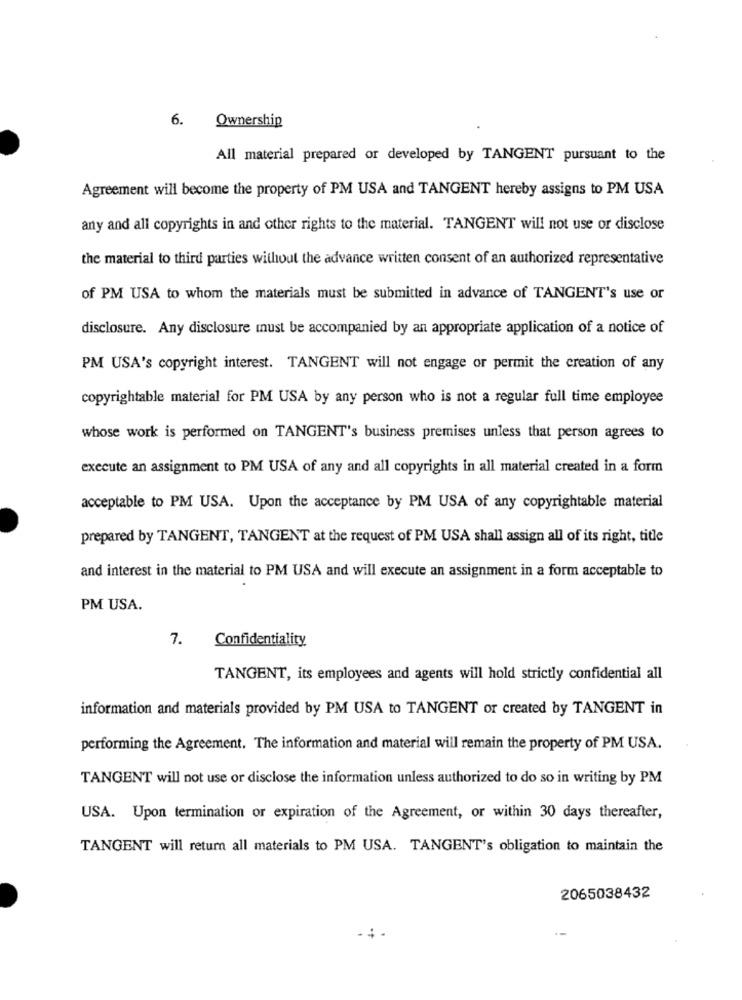
6.
Ownership
All material prepared or developed by TANGENT pursuant to the
Agreement will become the property of PM USA and TANGENT hereby assigns to PM USA
any and all copyrights in and other rights to the material. TANGENT will not use or disclose
the material to third parties without the advance written consent of an authorized representative
of PM USA to whom the materials must be submitted in advance of TANGENT's use or
disclosure. Any disclosure must be accompanied by an appropriate application of a notice of
PM USA's copyright interest. TANGENT will not engage or permit the creation of any
copyrightable material for PM USA by any person who is not a regular full time employee
whose work is performed on TANGENT's business premises unless that person agrees to
execute an assignment to PM USA of any and all copyrights in all material created in a form
acceptable to PM USA. Upon the acceptance by PM USA of any copyrightable material
prepared by TANGENT, TANGENT at the request of PM USA shall assign all of its right, title
and interest in the material to PM USA and will execute an assignment in a form acceptable to
PM USA.
7.
Confidentiality
TANGENT, its employees and agents will hold strictly confidential all
information and materials provided by PM USA to TANGENT or created by TANGENT in
performing the Agreement. The information and material will remain the property of PM USA.
TANGENT will not use or disclose the information unless authorized to do so in writing by PM
USA. Upon termination or expiration of the Agreement, or within 30 days thereafter,
TANGENT will return all materials to PM USA. TANGENT's obligation to maintain the
2065038432
.4